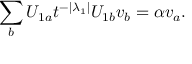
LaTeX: \sum _ { b } U _ { 1 a } t ^ { - | \lambda _ { 1 } | } U _ { 1 b } v _ { b } = \alpha v _ { a } .